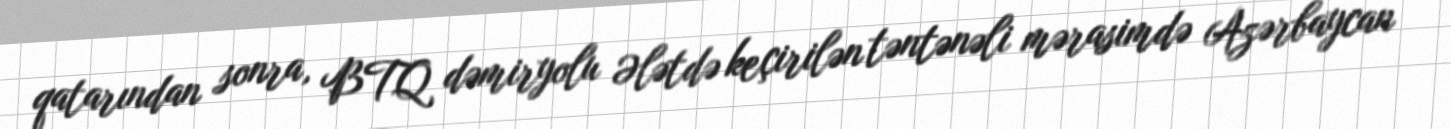
qatarından sonra, BTQ dəmiryolu Ələtdə keçirilən təntənəli mərasimdə Azərbaycan